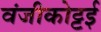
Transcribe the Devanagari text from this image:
वंजीकोट्टई